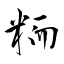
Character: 粫